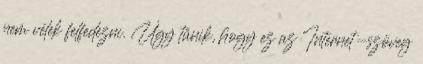
nem vélek felfedezni. Úgy tűnik, hogy ez az Internet-szöveg